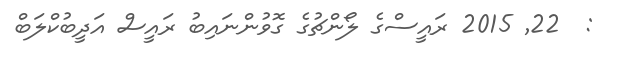
:  22